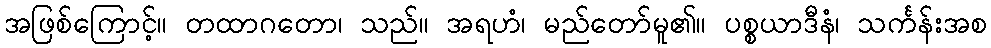
အဖြစ်ကြောင့်။ တထာဂတော၊ သည်။ အရဟံ၊ မည်တော်မူ၏။ ပစ္စယာဒီနံ၊ သင်္ကန်းအစ